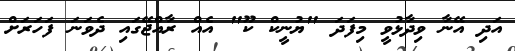
އަދި އޭނާ ވިދާޅުވީ މިފަދަ "ޔުނީކް ކޫ" އެއް ރާއްޖޭގައި ދެވަނަ ފަހަރަށް